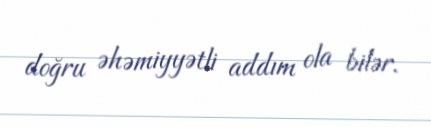
doğru əhəmiyyətli addım ola bilər.